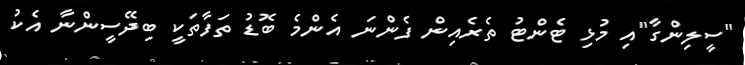
"ސީލިންގާ"އި މުޅި ޓެންޓު ތެރެއިން ފެންނަ އެންމެ ބޮޑު ތަފާތަކީ ބިދޭސީންނާ އެކު